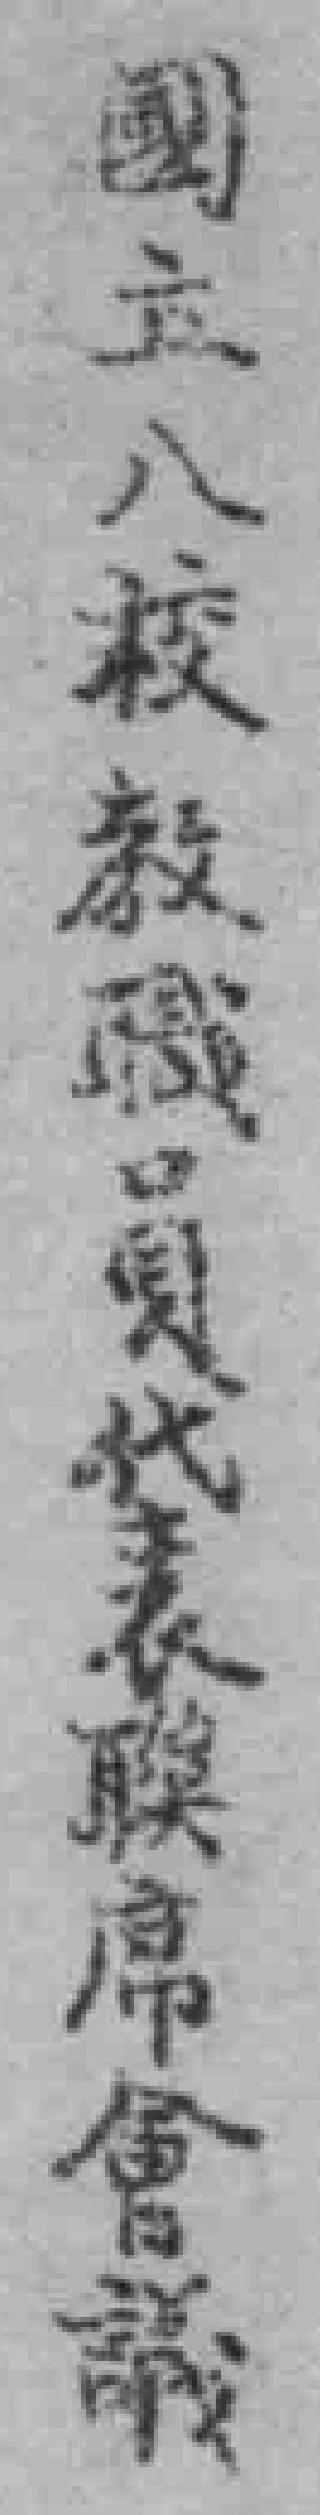
國立八般教職貝代表联席會議